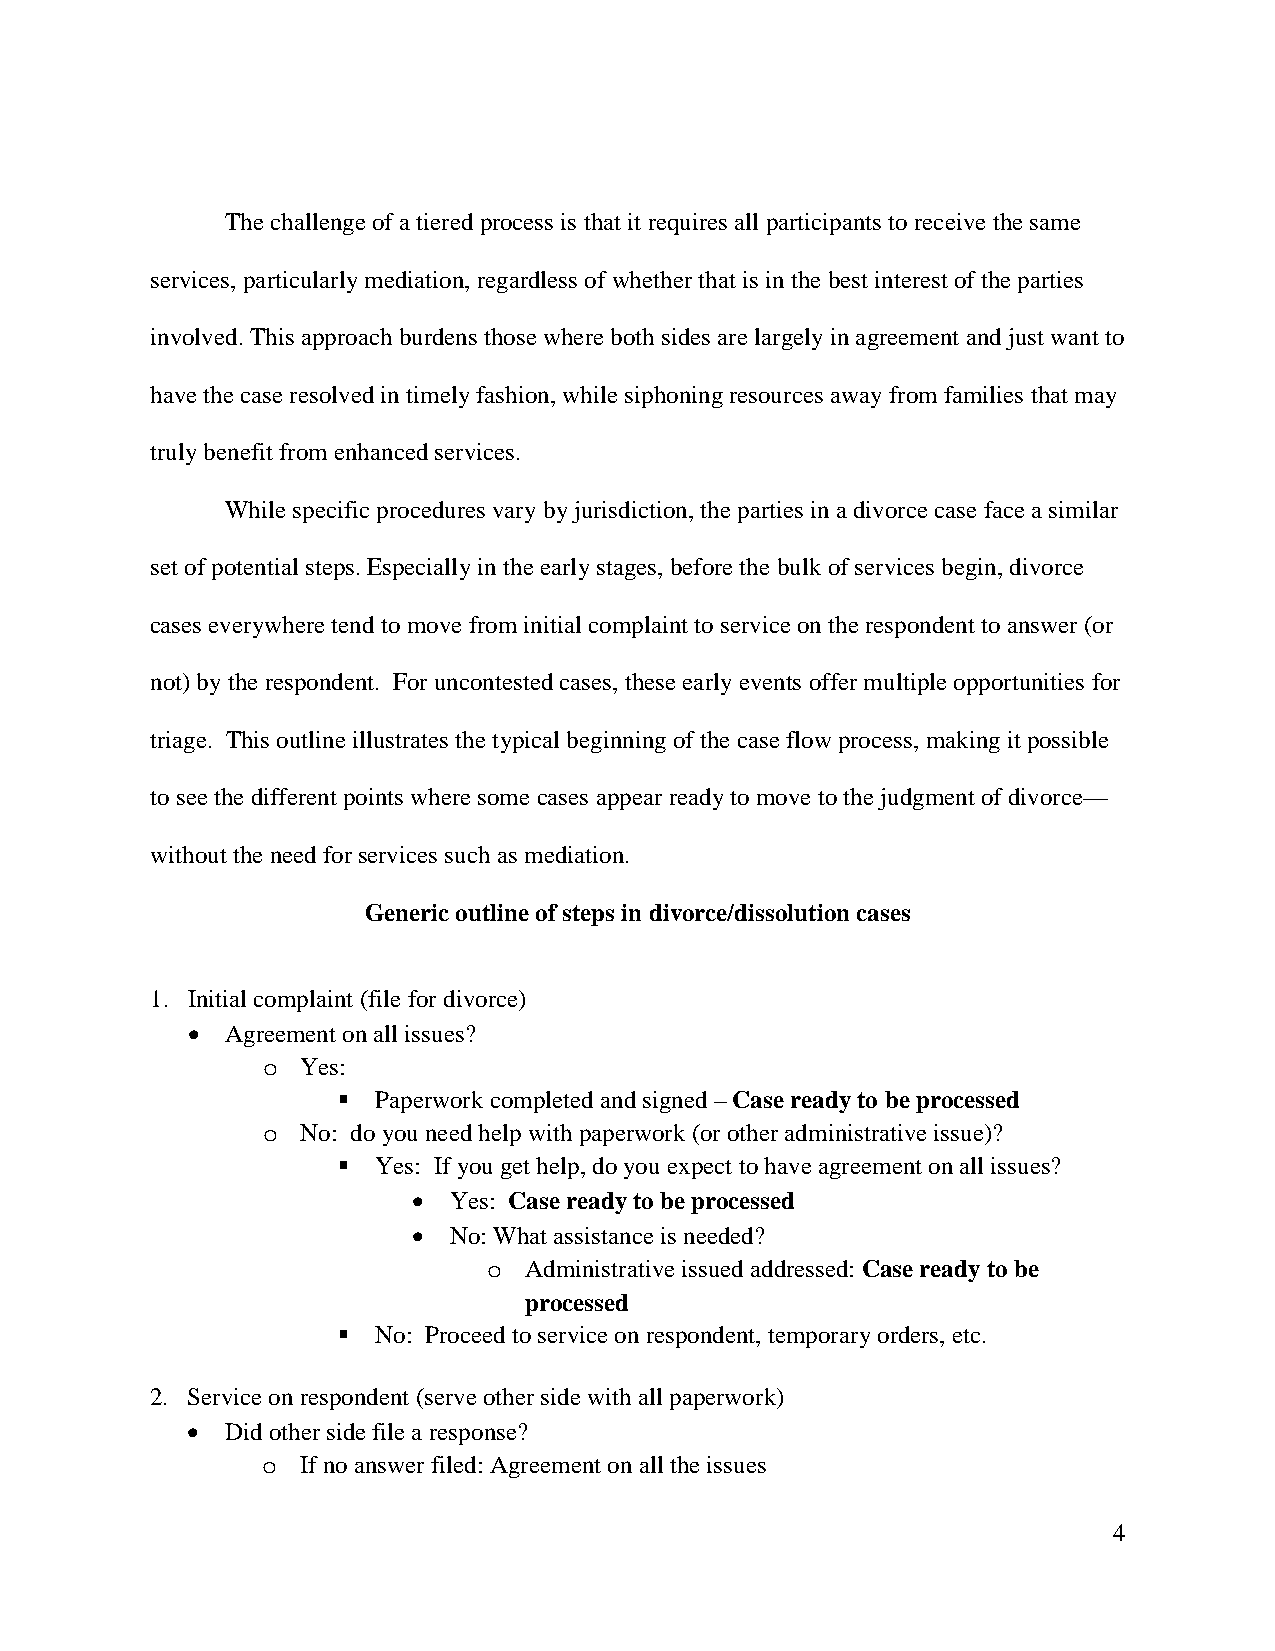
The challenge of a tiered process is that it requires all participants to receive the same
 services, particularly mediation, regardless of whether that is in the best interest of the parties
 involved. This approach burdens those where both sides are largely in agreement and just want to
 have the case resolved in timely fashion, while siphoning resources away from families that may
 truly benefit from enhanced services.
 While specific procedures vary by jurisdiction, the parties in a divorce case face a similar
 set of potential steps. Especially in the early stages, before the bulk of services begin, divorce
 cases everywhere tend to move from initial complaint to service on the respondent to answer (or
 not) by the respondent. For uncontested cases, these early events offer multiple opportunities for
 triage. This outline illustrates the typical beginning of the case flow process, making it possible
 to see the different points where some cases appear ready to move to the judgment of divorce—
 without the need for services such as mediation.
 Generic outline of steps in divorce/dissolution cases
 1. Initial complaint (file for divorce)
 •  Agreement on all issues?
 Yes:
 o
   Paperwork completed and signed – Case ready to be processed
 No: do you need help with paperwork (or other administrative issue)?
 o
   Yes: If you get help, do you expect to have agreement on all issues?
 •  Yes: Case ready to be processed
 •  No: What assistance is needed?
 Administrative issued addressed: Case ready to be
 o
 processed
   No: Proceed to service on respondent, temporary orders, etc.
 2. Service on respondent (serve other side with all paperwork)
 •  Did other side file a response?
 If no answer filed: Agreement on all the issues
 o
 4